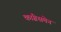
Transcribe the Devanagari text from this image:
कांग्रेसमेन